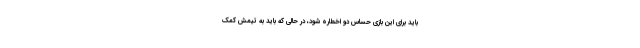
باید برای این بازی حساس دو اخطاره شود، در حالی که باید به تیمش کمک